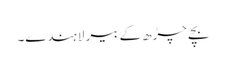
بچے چڑھ کے بیر لاہندے۔